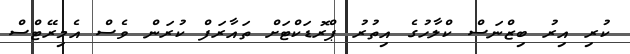
ކުރި އިރު ބިޒްނަސް ކްލާހުގެ އިތުރު ޕްރޮޑަކްޓަށް ތައާރަފް ކުރަން ވެސް އެމިރޭޓްސް